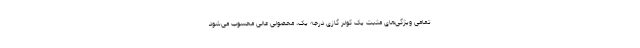
تمامی ویژگی‌های مثبت یک کولر گازی درجه یک، محصولی عالی محسوب می‌شود